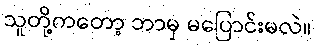
သူတို့ကတော့ ဘာမှ မပြောင်းမလဲ။